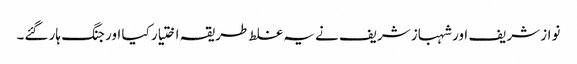
نواز شریف اور شہباز شریف نے یہ غلط طریقہ اختیار کیا اور جنگ ہار گئے۔